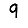
Digit: 9